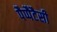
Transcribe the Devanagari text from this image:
पैप्पैटैसी